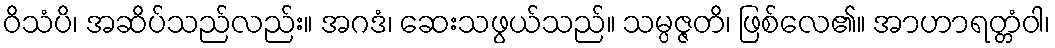
ဝိသံပိ၊ အဆိပ်သည်လည်း။ အဂဒံ၊ ဆေးသဖွယ်သည်။ သမ္ပဇ္ဇတိ၊ ဖြစ်လေ၏။ အာဟာရတ္တံဝါ၊